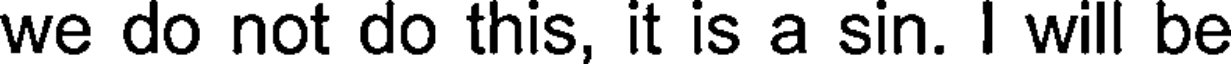
we do not do this, it is a sin. I will be